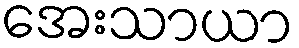
အေးသာယာ